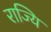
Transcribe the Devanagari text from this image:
राज्यि